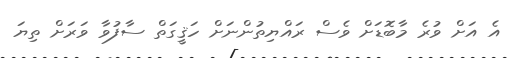
އެ އަށް ވުރެ މާބޮޑަށް ވެސް ރައްޔިތުންނަށް ހަޤީގަތް ސާފުވާ ވަރަށް ތިޔަ